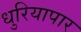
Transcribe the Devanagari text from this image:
धुरियापार